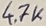
Text: 4.7K